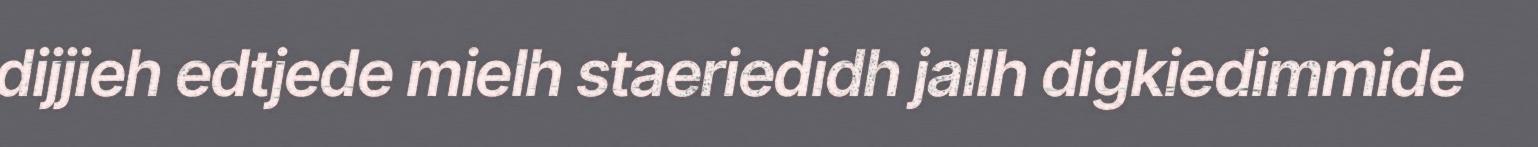
dijjieh edtjede mielh staeriedidh jallh digkiedimmide